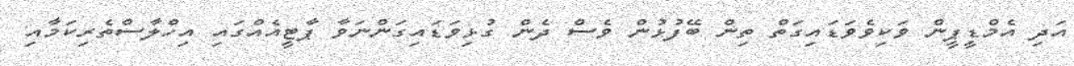
އަދި އެމްޑީޕީން ވަކިވެވަޑައިގަތް ތިން ބޭފުޅުން ވެސް ދެން ގުޅިވަޑައިގަންނަވާ ޕާޓީއެއްގައި އިހްލާސްތެރިކަމާއި